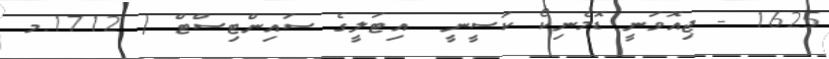
1625 - ޖިއޮވަނީ ޑޮމެނިކޯ ކަސީނީ  އިޓަލީގެ ސައިންޓިސްޓް ( 1712.މ